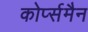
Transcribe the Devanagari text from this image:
कोर्प्समैन